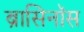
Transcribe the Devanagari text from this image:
ब्रासिनॉस